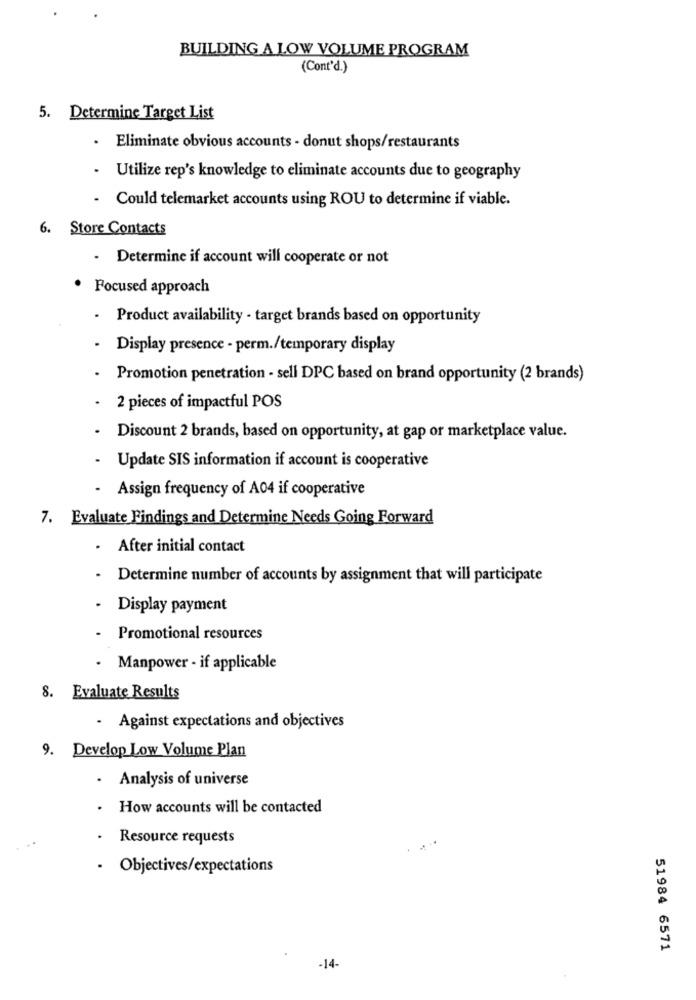
BUILDING A LOW VOLUME PROGRAM
(Cont'd.)
5. Determine Target List
· Eliminate obvious accounts - donut shops/restaurants
· Utilize rep's knowledge to eliminate accounts due to geography
Could telemarket accounts using ROU to determine if viable.
6.
Store Contacts
- Determine if account will cooperate or not
Focused approach
. Product availability - target brands based on opportunity
Display presence - perm./temporary display
Promotion penetration - sell DPC based on brand opportunity (2 brands)
2 pieces of impactful POS
Discount 2 brands, based on opportunity, at gap or marketplace value.
.
Update SIS information if account is cooperative
.
Assign frequency of A04 if cooperative
7. Evaluate Findings and Determine Needs Going Forward
.
After initial contact
Determine number of accounts by assignment that will participate
Display payment
Promotional resources
· Manpower - if applicable
8. Evaluate Results
· Against expectations and objectives
9. Develop Low Volume Plan
.
Analysis of universe
How accounts will be contacted
Resource requests
· Objectives/expectations
51984 6571
-14-